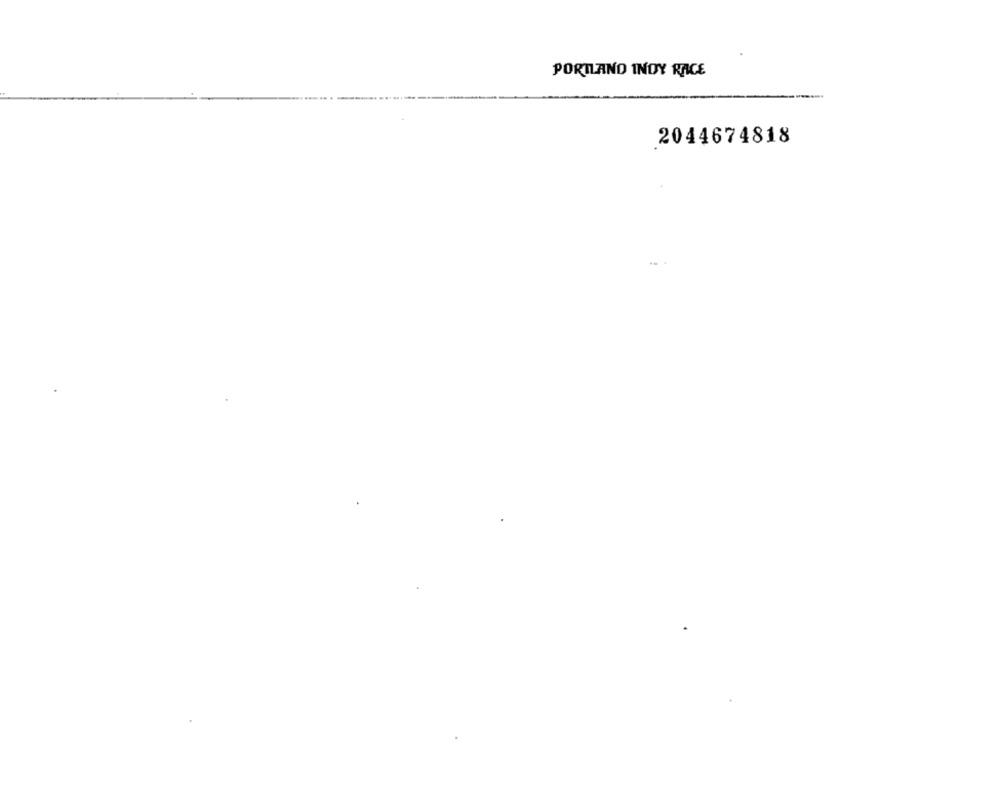
PORTLAND INDY RACE
2044674818